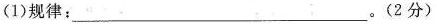
(1)规律：___。(2分)